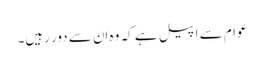
عوام سے اپیل ہے کہ وہ اِن سے دور رہیں۔